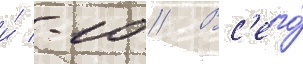
и́ -10 // Вс'его́